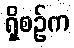
ရှိစဉ်က